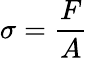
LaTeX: \sigma={\frac{F}{A}}